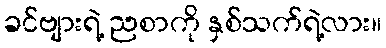
ခင်ဗျားရဲ့ ညစာကို နှစ်သက်ရဲ့လား။